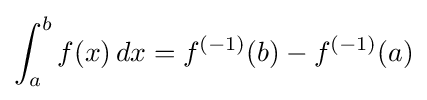
\int _{a}^{b}f(x)\,dx=f^{(-1)}(b)-f^{(-1)}(a)